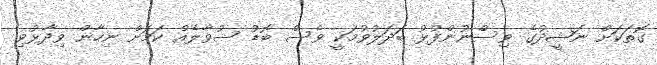
ގޮތަކަށް ނަޝީދުގެ ވިސްނުންފުޅު ބަދަލުވުމަކީ ވެސް ބޮޑު ސުވާލެއް ކަމަށް ނިހާން ވިދާޅުވި